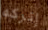
إتركه